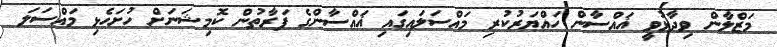
މަޒްލާން ވިދާޅުވީ ޣައްސާން ހައްޔަރުކުރި މައްސަލައިގައި ޣައްސާންގެ ފަރާތުން ކޮމިޝަނަށް ހުށަހެޅި މައްސަލަ